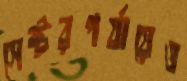
সেক্টরপর্যায়েও